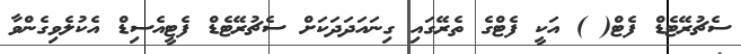
ސެޗުރޭޓެޑް ފެޓް( ) އަކީ ފެޓްގެ ތެރޭގައި ގިނައަދަދަކަށް ސެޗުރޭޓެޑް ފެޓީއެސިޑް އެކުލެވިގެންވާ